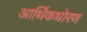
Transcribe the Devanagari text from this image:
आर्थिकधोरण